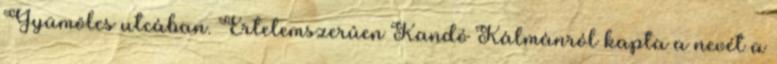
Gyümölcs utcában. Értelemszerûen Kandó Kálmánról kapta a nevét a